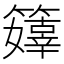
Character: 𥶜